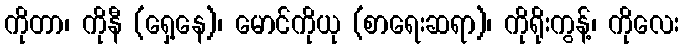
ကိုတာ၊ ကိုနီ (ရှေ့နေ)၊ မောင်ကိုယု (စာရေးဆရာ)၊ ကိုရိုးကွန့်၊ ကိုလေး